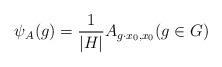
LaTeX: \begin{align*} \psi_A(g) = \frac{1}{|H|} A_{g\cdot x_0, x_0} (g\in G)\end{align*}